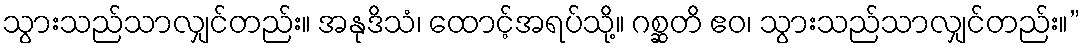
သွားသည်သာလျှင်တည်း။ အနုဒိသံ၊ ထောင့်အရပ်သို့။ ဂစ္ဆတိ ဧဝ၊ သွားသည်သာလျှင်တည်း။”